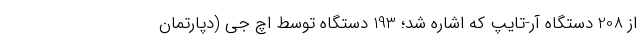
از 208 دستگاه آر-تایپ که اشاره شد؛ 193 دستگاه توسط اچ جی (دپارتمان